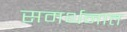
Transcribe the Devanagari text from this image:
समर्थनात